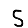
Digit: 5